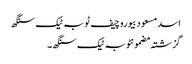
اسد مسعود بیوروچیف ٹوبہ ٹیک سنگھ
گزشتہ مضمونٹوبہ ٹیک سنگھ ۔